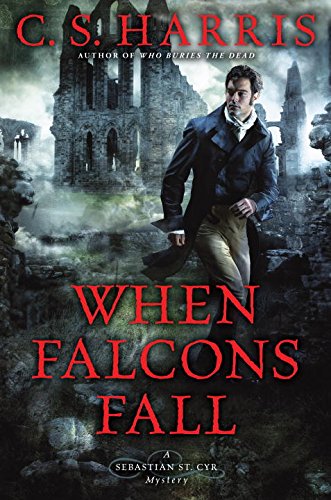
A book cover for When Falcons Fall: A Sebastian St. Cyr Mystery; C.S. Harris; Mystery, Thriller & Suspense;